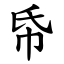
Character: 帋